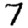
Digit: 7